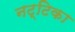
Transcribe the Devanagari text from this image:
नट्टिका